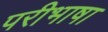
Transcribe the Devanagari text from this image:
परीभाषा